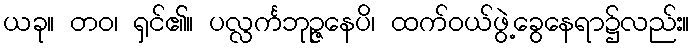
ယခု။ တဝ၊ ရှင်၏။ ပလ္လင်္ကဘုဉ္ဇနေပိ၊ ထက်ဝယ်ဖွဲ့ခွေနေရာ၌လည်း။